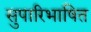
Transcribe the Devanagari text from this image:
सुपारिभाषित